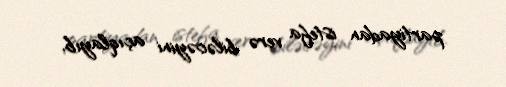
partiyadan istefa verə biləcəyini açıqlayıb.